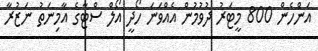
އަންހެން 800 މީޓަރު ދުވުމުން އެއްވަނަ ހޯދީ އޯލް ސްޓާގެ އާމިނަތު ނަޒުރާ